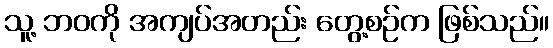
သူ့ ဘဝကို အကျပ်အတည်း တွေ့စဉ်က ဖြစ်သည်။